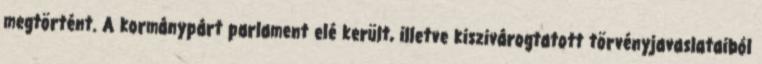
megtörtént. A kormánypárt parlament elé került, illetve kiszivárogtatott törvényjavaslataiból